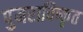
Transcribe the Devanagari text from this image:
पुनराविष्कृत